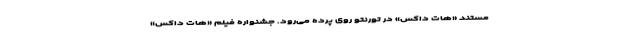
مستند «هات داکس» در تورنتو روی پرده می‌رود. جشنواره فیلم «هات داکس»